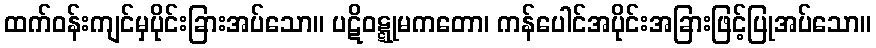
ထက်ဝန်းကျင်မှပိုင်းခြားအပ်သော။ ပဋိဝဋ္ဋုမကတော၊ ကန်ပေါင်အပိုင်းအခြားဖြင့်ပြုအပ်သော။